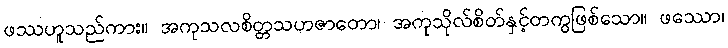
ဖဿဟူသည်ကား။ အကုသလစိတ္တသဟဇာတော၊ အကုသိုလ်စိတ်နှင့်တကွဖြစ်သော။ ဖဿော၊